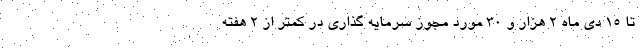
تا ۱۵ دی ماه ۲ هزار و ۳۰ مورد مجوز سرمایه گذاری در کمتر از ۲ هفته